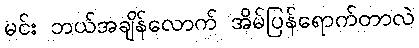
မင်း ဘယ်အချိန်လောက် အိမ်ပြန်ရောက်တာလဲ